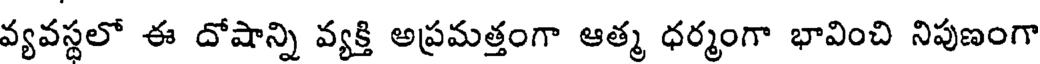
వ్యవస్థలో ఈ దోషాన్ని వ్యక్తి అప్రమత్తంగా ఆత్మ ధర్మంగా భావించి నిపుణంగా